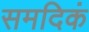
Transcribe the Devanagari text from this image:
समदिकं